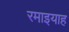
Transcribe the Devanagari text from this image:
रमाइयाह